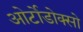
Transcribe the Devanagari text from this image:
ओर्टोडोक्सो